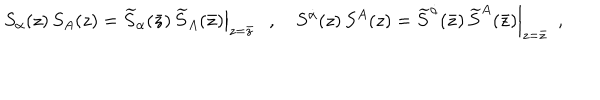
S _ { \alpha } ( z ) \, S _ { A } ( z ) = \left. \widetilde S _ { \alpha } ( \bar { z } ) \, \widetilde S _ { A } ( \bar { z } ) \right| _ { z = \bar { z } } , ~ S ^ { \dot { \alpha } } ( z ) \, S ^ { A } ( z ) = \left. \widetilde S ^ { \dot { \alpha } } ( \bar { z } ) \, \widetilde S ^ { A } ( \bar { z } ) \right| _ { z = \bar { z } } ~ ~ ,